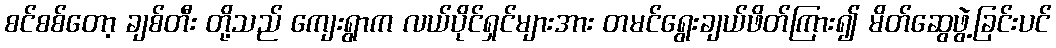
စင်စစ်တော့ ချစ်တီး တို့သည် ကျေးရွာက လယ်ပိုင်ရှင်များအား တမင်ရွေးချယ်ဖိတ်ကြား၍ မိတ်ဆွေဖွဲ့ခြင်းပင်